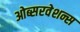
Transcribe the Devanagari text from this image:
ओब्सरवेशन्स